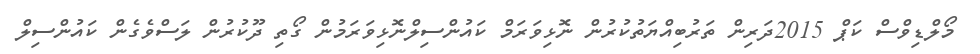
މޯލްޑިވްސް ކަޕް 2015ދަރިން ތަރުބިއްޔަތުކުރުން ނޮޅިވަރަމް ކައުންސިލްނޮޅިވަރަމުން ގޯތި ދޫކުރުން ލަސްވެގެން ކައުންސިލް